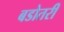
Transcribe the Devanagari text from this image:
बडोतरी